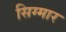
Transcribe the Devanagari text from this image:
सिग्मार